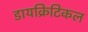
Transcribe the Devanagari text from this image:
डायक्रिटिकल